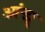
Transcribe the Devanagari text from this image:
आंखू